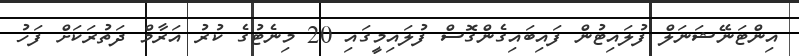
އިންޓަނޭޝަނަލް ފުލައިޓުން ފައިބައިގެންގޮސް ފުލައިމީގައި 20 މިނެޓުގެ ކުރު އަރާމް ދަތުރަކަށް ފަހު